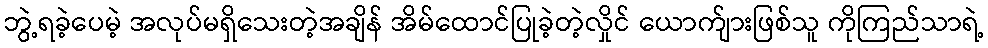
ဘွဲ့ရခဲ့ပေမဲ့ အလုပ်မရှိသေးတဲ့အချိန် အိမ်ထောင်ပြုခဲ့တဲ့လှိုင် ယောက်ျားဖြစ်သူ ကိုကြည်သာရဲ့